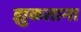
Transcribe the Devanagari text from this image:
झुकताना